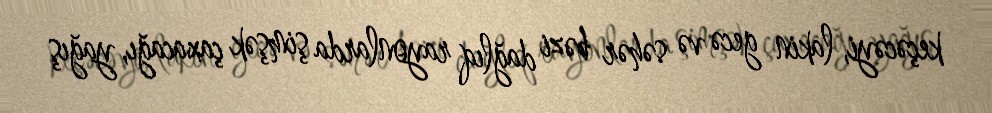
keçəcəyi, lakin gecə və səhər bəzi dağlıq rayonlarda şimşək çaxacağı, yağış